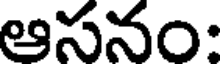
ఆసనం: